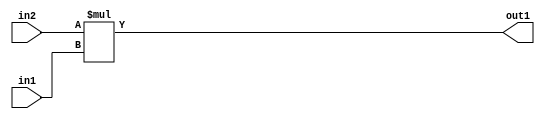
`timescale 1ps / 1ps
/*****************************************************************************
    Verilog RTL Description
    
    
    Created by: Stratus DpOpt 21.05.01 
*******************************************************************************/

module SobelFilter_Mul_32Sx7U_32S_4 (
	in2,
	in1,
	out1
	); /* architecture "behavioural" */ 
input [31:0] in2;
input [6:0] in1;
output [31:0] out1;
wire [31:0] asc001;

assign asc001 = 
	+(in2 * in1);

assign out1 = asc001;
endmodule

/* CADENCE  ubD5TQs= : u9/ySxbfrwZIxEzHVQQV8Q== ** DO NOT EDIT THIS LINE ******/